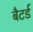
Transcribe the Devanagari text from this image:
बैटर्ड